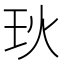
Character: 𪻓